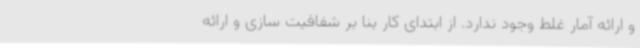
و ارائه آمار غلط وجود ندارد. از ابتدای کار بنا بر شفافیت سازی و ارائه